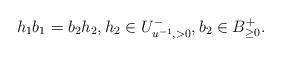
LaTeX: \begin{align*}h_1 b_1=b_2 h_2, h_2 \in U^{-}_{u^{-1}, >0}, b_2 \in B^+_{\ge 0}.\end{align*}